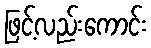
ဖြင့်လည်းကောင်း